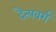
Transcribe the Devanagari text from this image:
दैत्यवर्ग